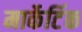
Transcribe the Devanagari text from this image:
मार्केटिंक